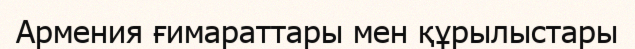
Армения ғимараттары мен құрылыстары